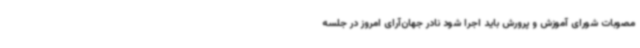
مصوبات شورای آموزش و پرورش باید اجرا شود نادر جهان‌آرای امروز در جلسه